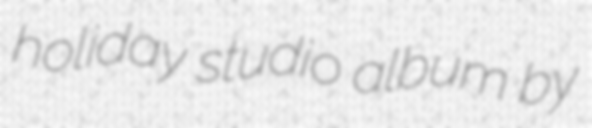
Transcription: holiday studio album by